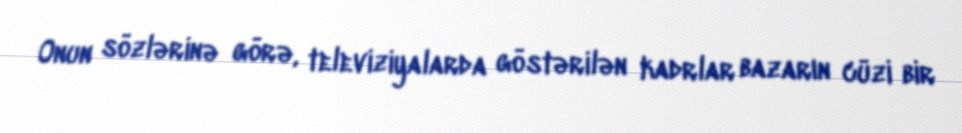
Onun sözlərinə görə, televiziyalarda göstərilən kadrlar bazarın cüzi bir